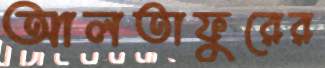
আলতাফুরের